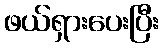
ဖယ်ရှားပေးပြီး